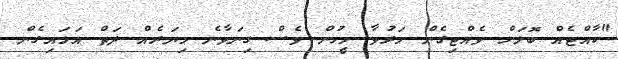
"ކާއްޓެއް ބޮލަށް ވެއްޓިގެން މަރުވާ މީހުން ވެސް ގިނަވާނެ މިޔަރެއް ދަތް އަޅައިގެން